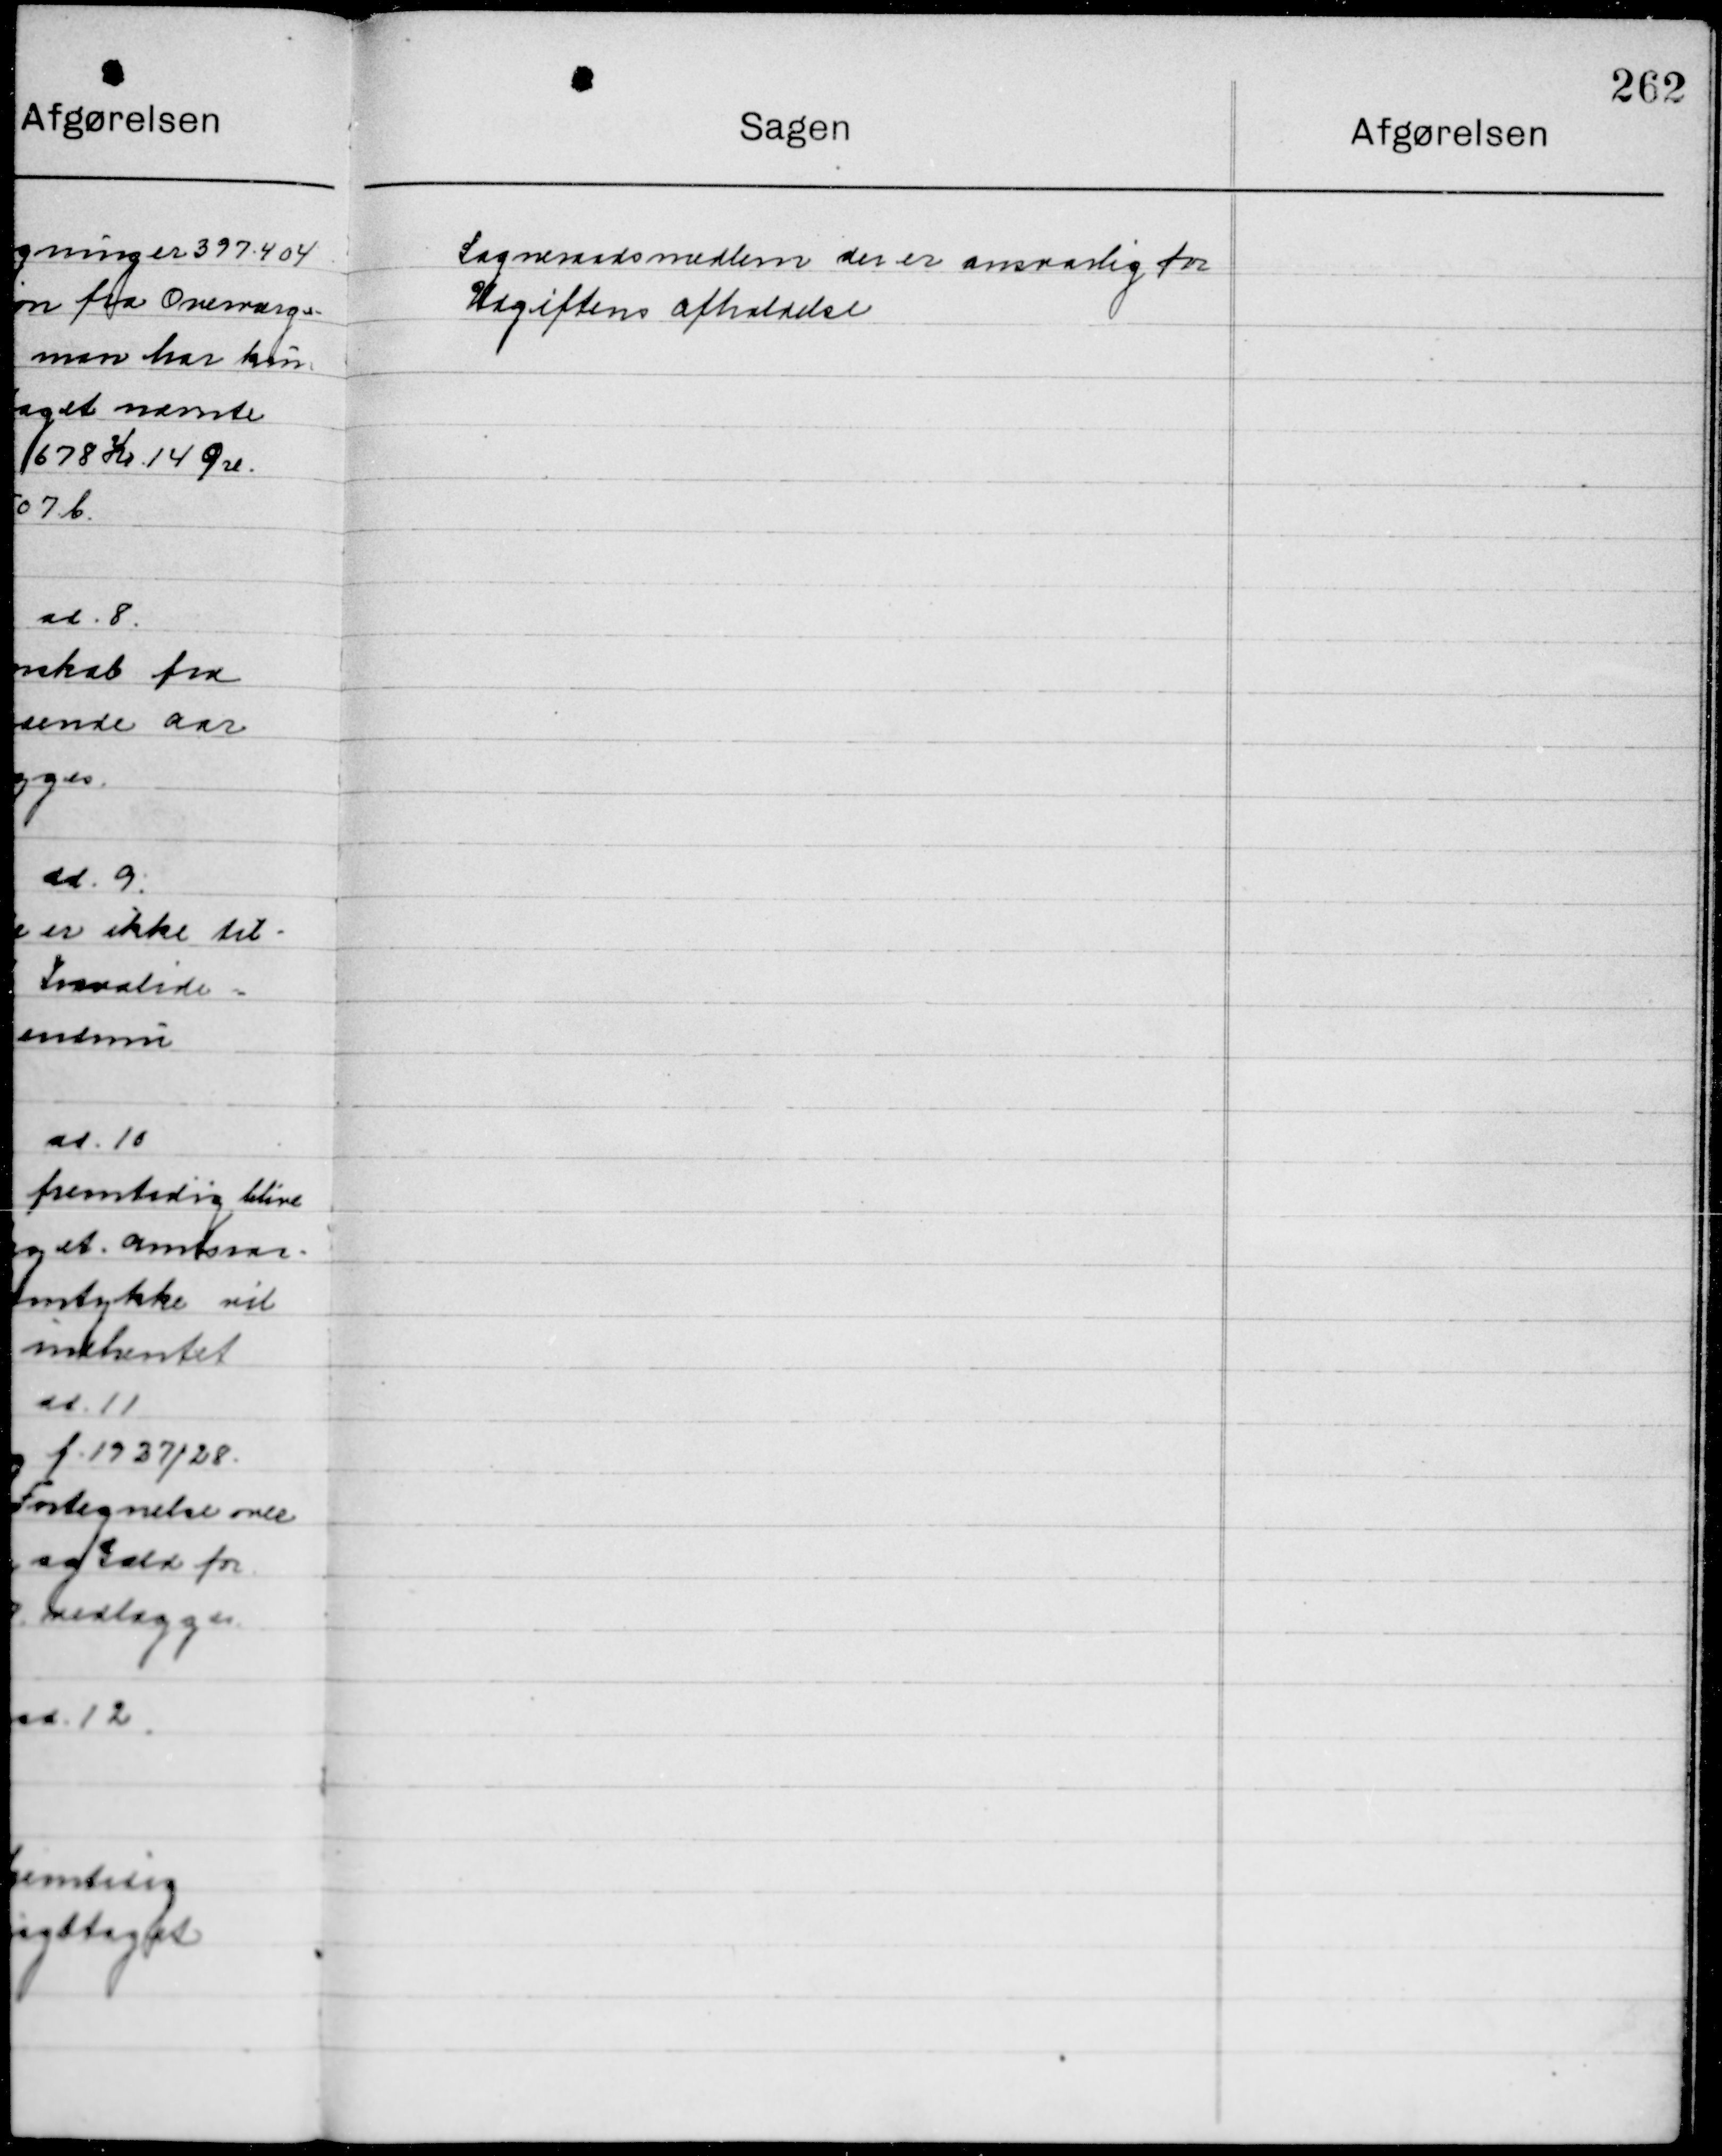
Transskription:
Sogneraadsmedlem der er ansvarlig for
Udgiftens afholdelse